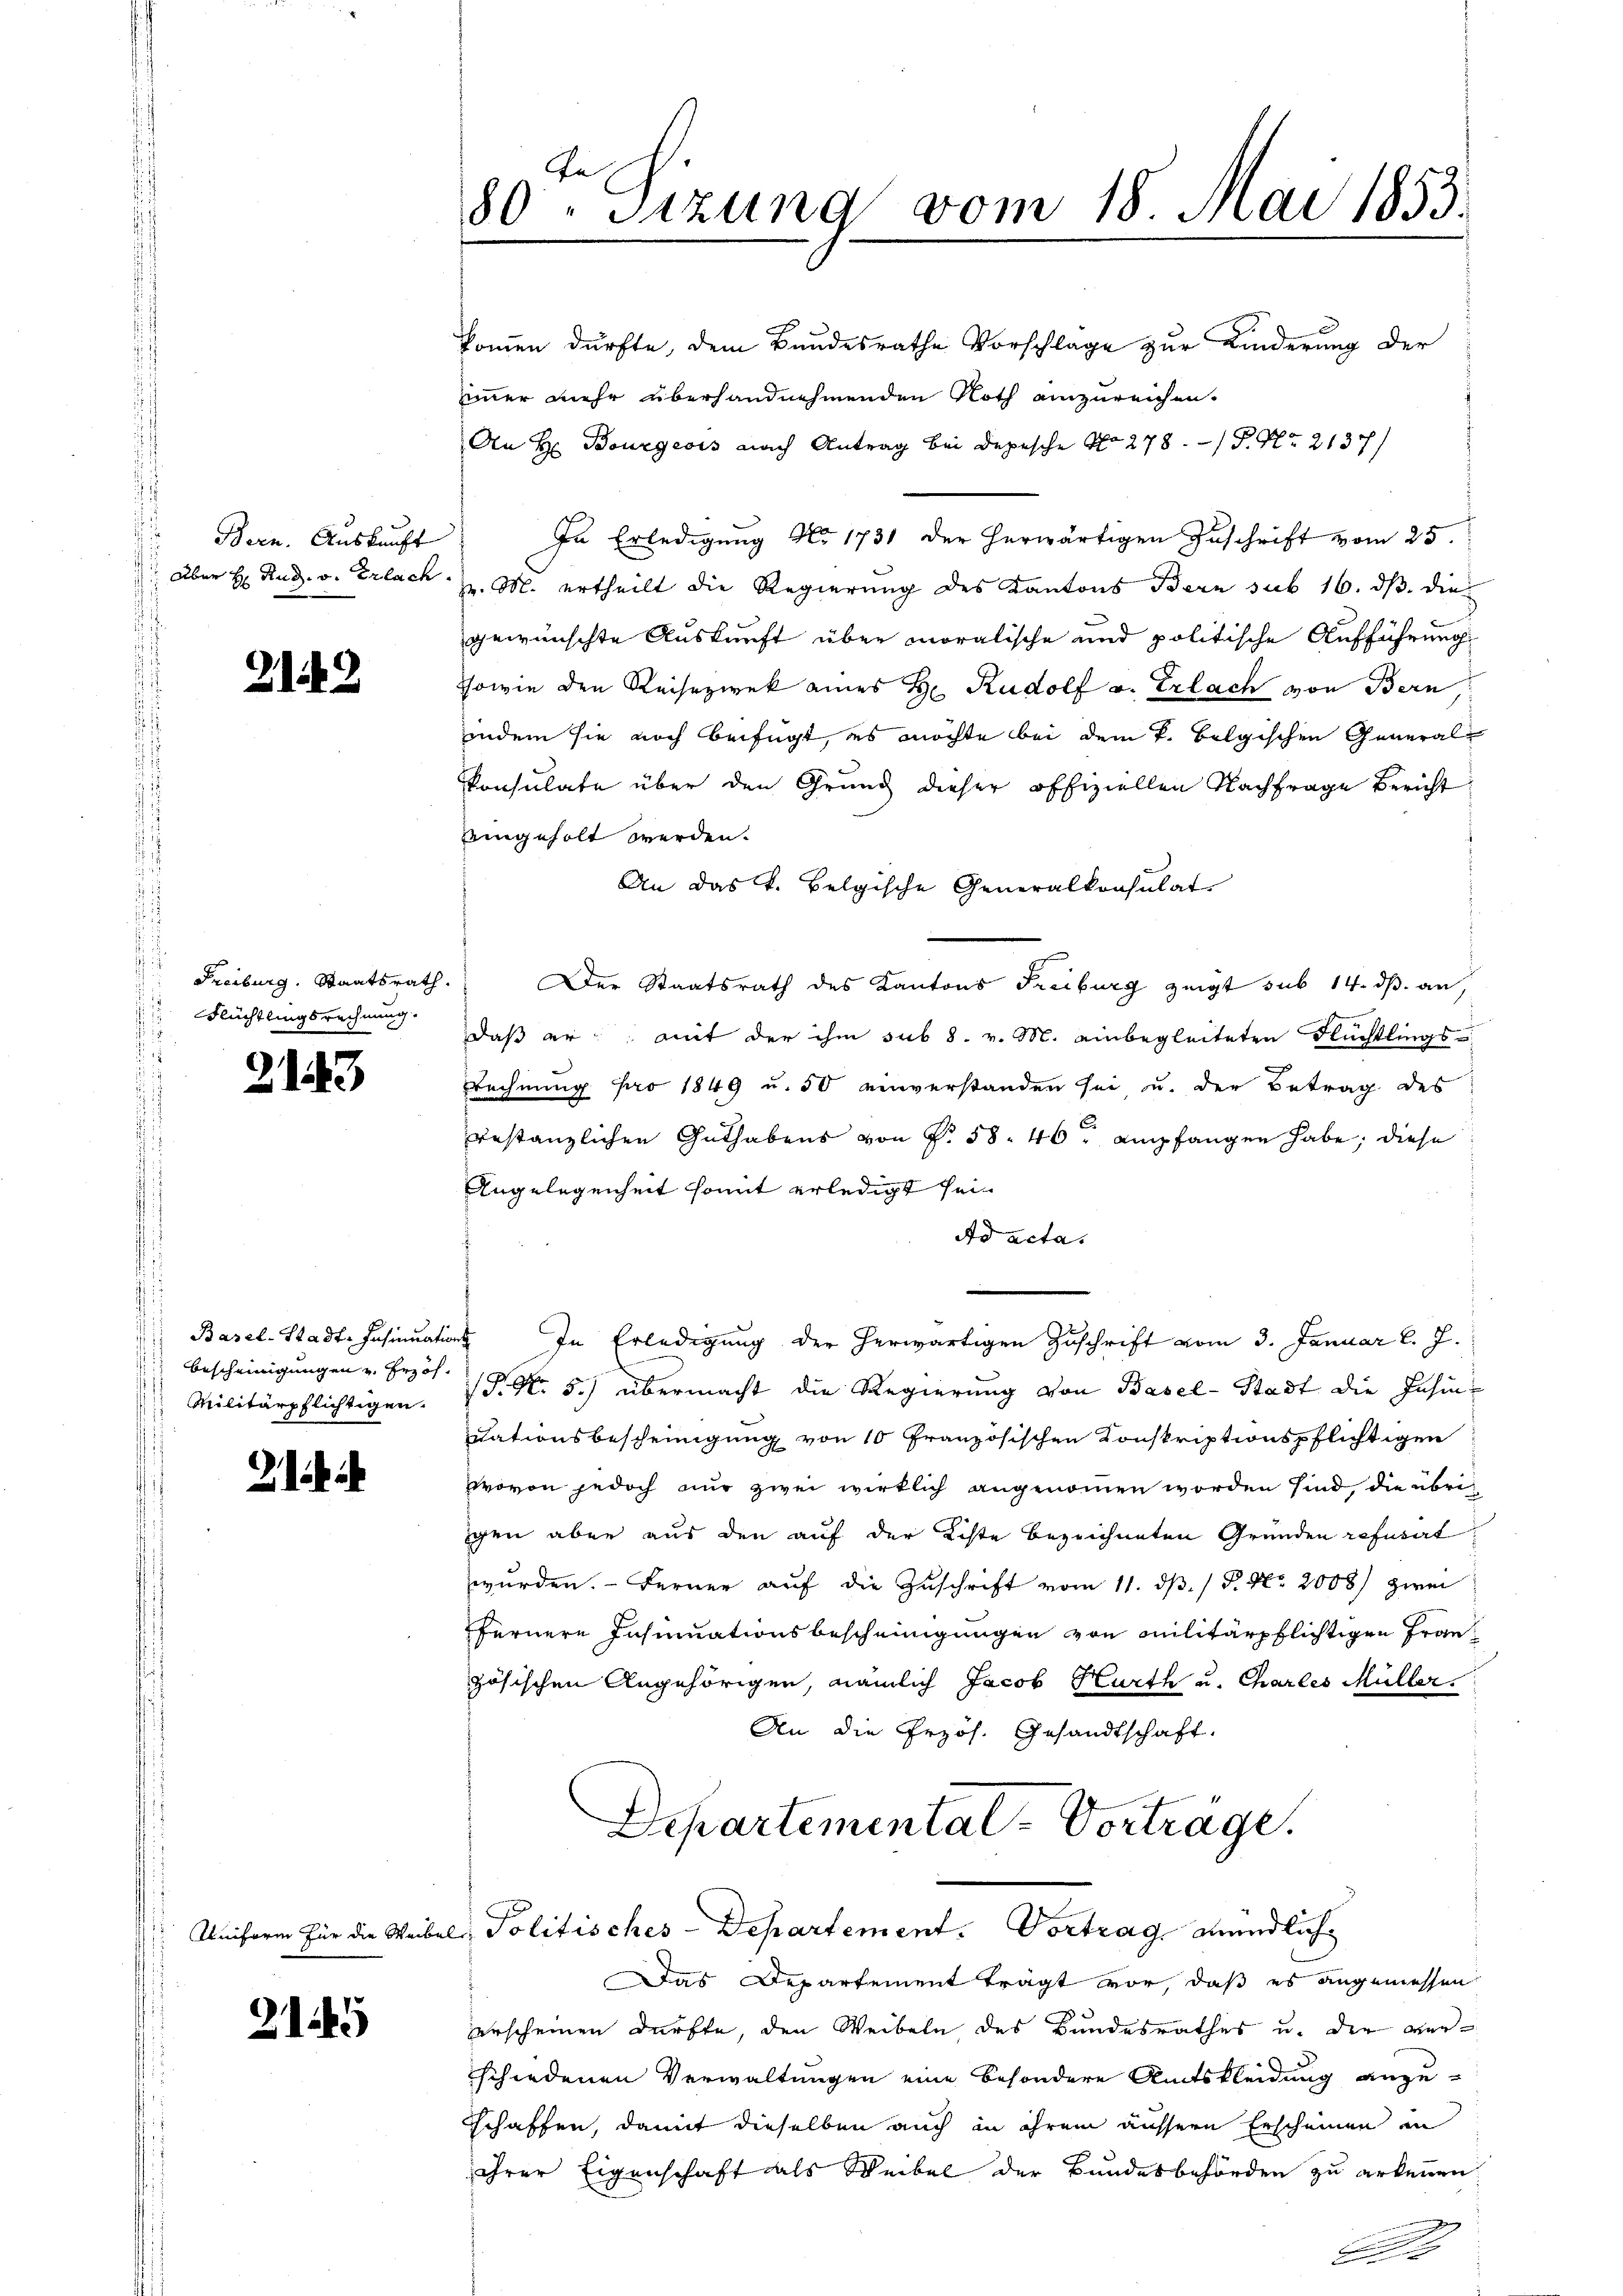
Bern. Auskunft

12

Freiburg. Staatsrath.
Flüchtlingsrechnung.

2143

Bescheinigungen u. Erhöh
Militärpflichtigen.

Uniform für die Weibe

21145

kommen dürfte, dem Bundesrathe Vorschlage zur Kinderung der
immer mehr überhandnehmenden Noth einzureichen.
An H. Bourgeois nach Antrag bei Depesche No 278. P. Nr. 2137)
In Erledigung No. 1731 der herwärtigen Zuschrift vom 25.
 aber H. Rud. v. Erlach H. M. ertheilt die Regierung des Kantons Bern sub 16. ds. die
gewünschte Auskunft über moralische und politische Aufführung
Sowie den Reisezwek eines H. Rudolf v. Erlach von Bern,
indem sie noch beifügt, es möchte bei dem k. belgischen General-
konsulate über den Grund dieser offiziellen Nachfrage Bericht
eingeholt werden.
An das k. Belgische Generalkonsulat
Der Staatsrath des Kantons Freiburg zeigt sub 14. ds. an,
daß er mit der ihm sub 8. v. M. einbegleiteten Flüchtlings-
Rechnung pro 1849 u. 50 einverstanden sei u. der Betrag des
uestanzlichen Guthabens von § 58. 40, empfangen habe, diese
Angelegenheit somit erledigt sein
Ad acta.
Basel-Stadt-Insinuations In Erledigung der herwärtigen Zuschrift vom 3. Januar l. J.
S.N. 5.) übermacht die Regierung von Basel-Stadt die Insinuationsbescheinigung von 10 Französischen Konskriptionspflichtigen
wovon jedoch nur zwei wirklich angenommen worden sind, die übrig
igen aber aus den auf der Kiste bezeichneten Gründen refusert
wurden. Ferner auf die Zuschrift vom 11. dß. / P. Nr. 2008) zwei
ffernere Insinuationsbescheinigungen von Militärpflichtigen Französischen Angehörigen, nämlich Jacob Hurth u. Charles Müller.
An die Przös. Gesandtschaft.
Departemental-Vorträge.

80ten Sizung vom 18. Mai 1853.

als Politisches Departement. Vortrag, mündlich

Das Departement trägt vor, daß es angemessen
erscheinen dürfte, den Weibeln des Bundesrathes u. der verschiedenen Verwaltungen eine besondere Amtskleidung anzuschaffen, damit dieselben auch in ihrem aussere Erscheinen in
ihrer Eigenschaft als Weibel der Bundesbehörden zu erkennen
.